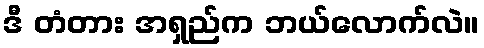
ဒီ တံတား အရှည်က ဘယ်လောက်လဲ။